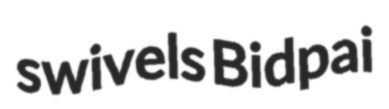
swivels Bidpai